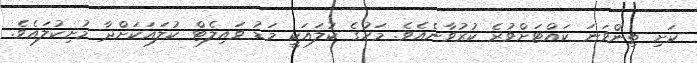
ކަށި ތިންވަނަ ކައްޓަށްވުރެ ކުރުވާނެއެވެ. މަހުގެ ކުލައަކީ މަޑު ވައިލެޓް ކުލައަކަށްދާ މުށިކުލައެވެ.